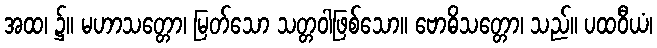
အထ၊ ၌။ မဟာသတ္တော၊ မြတ်သော သတ္တဝါဖြစ်သော။ ဗောဓိသတ္တော၊ သည်။ ပထဝီယံ၊